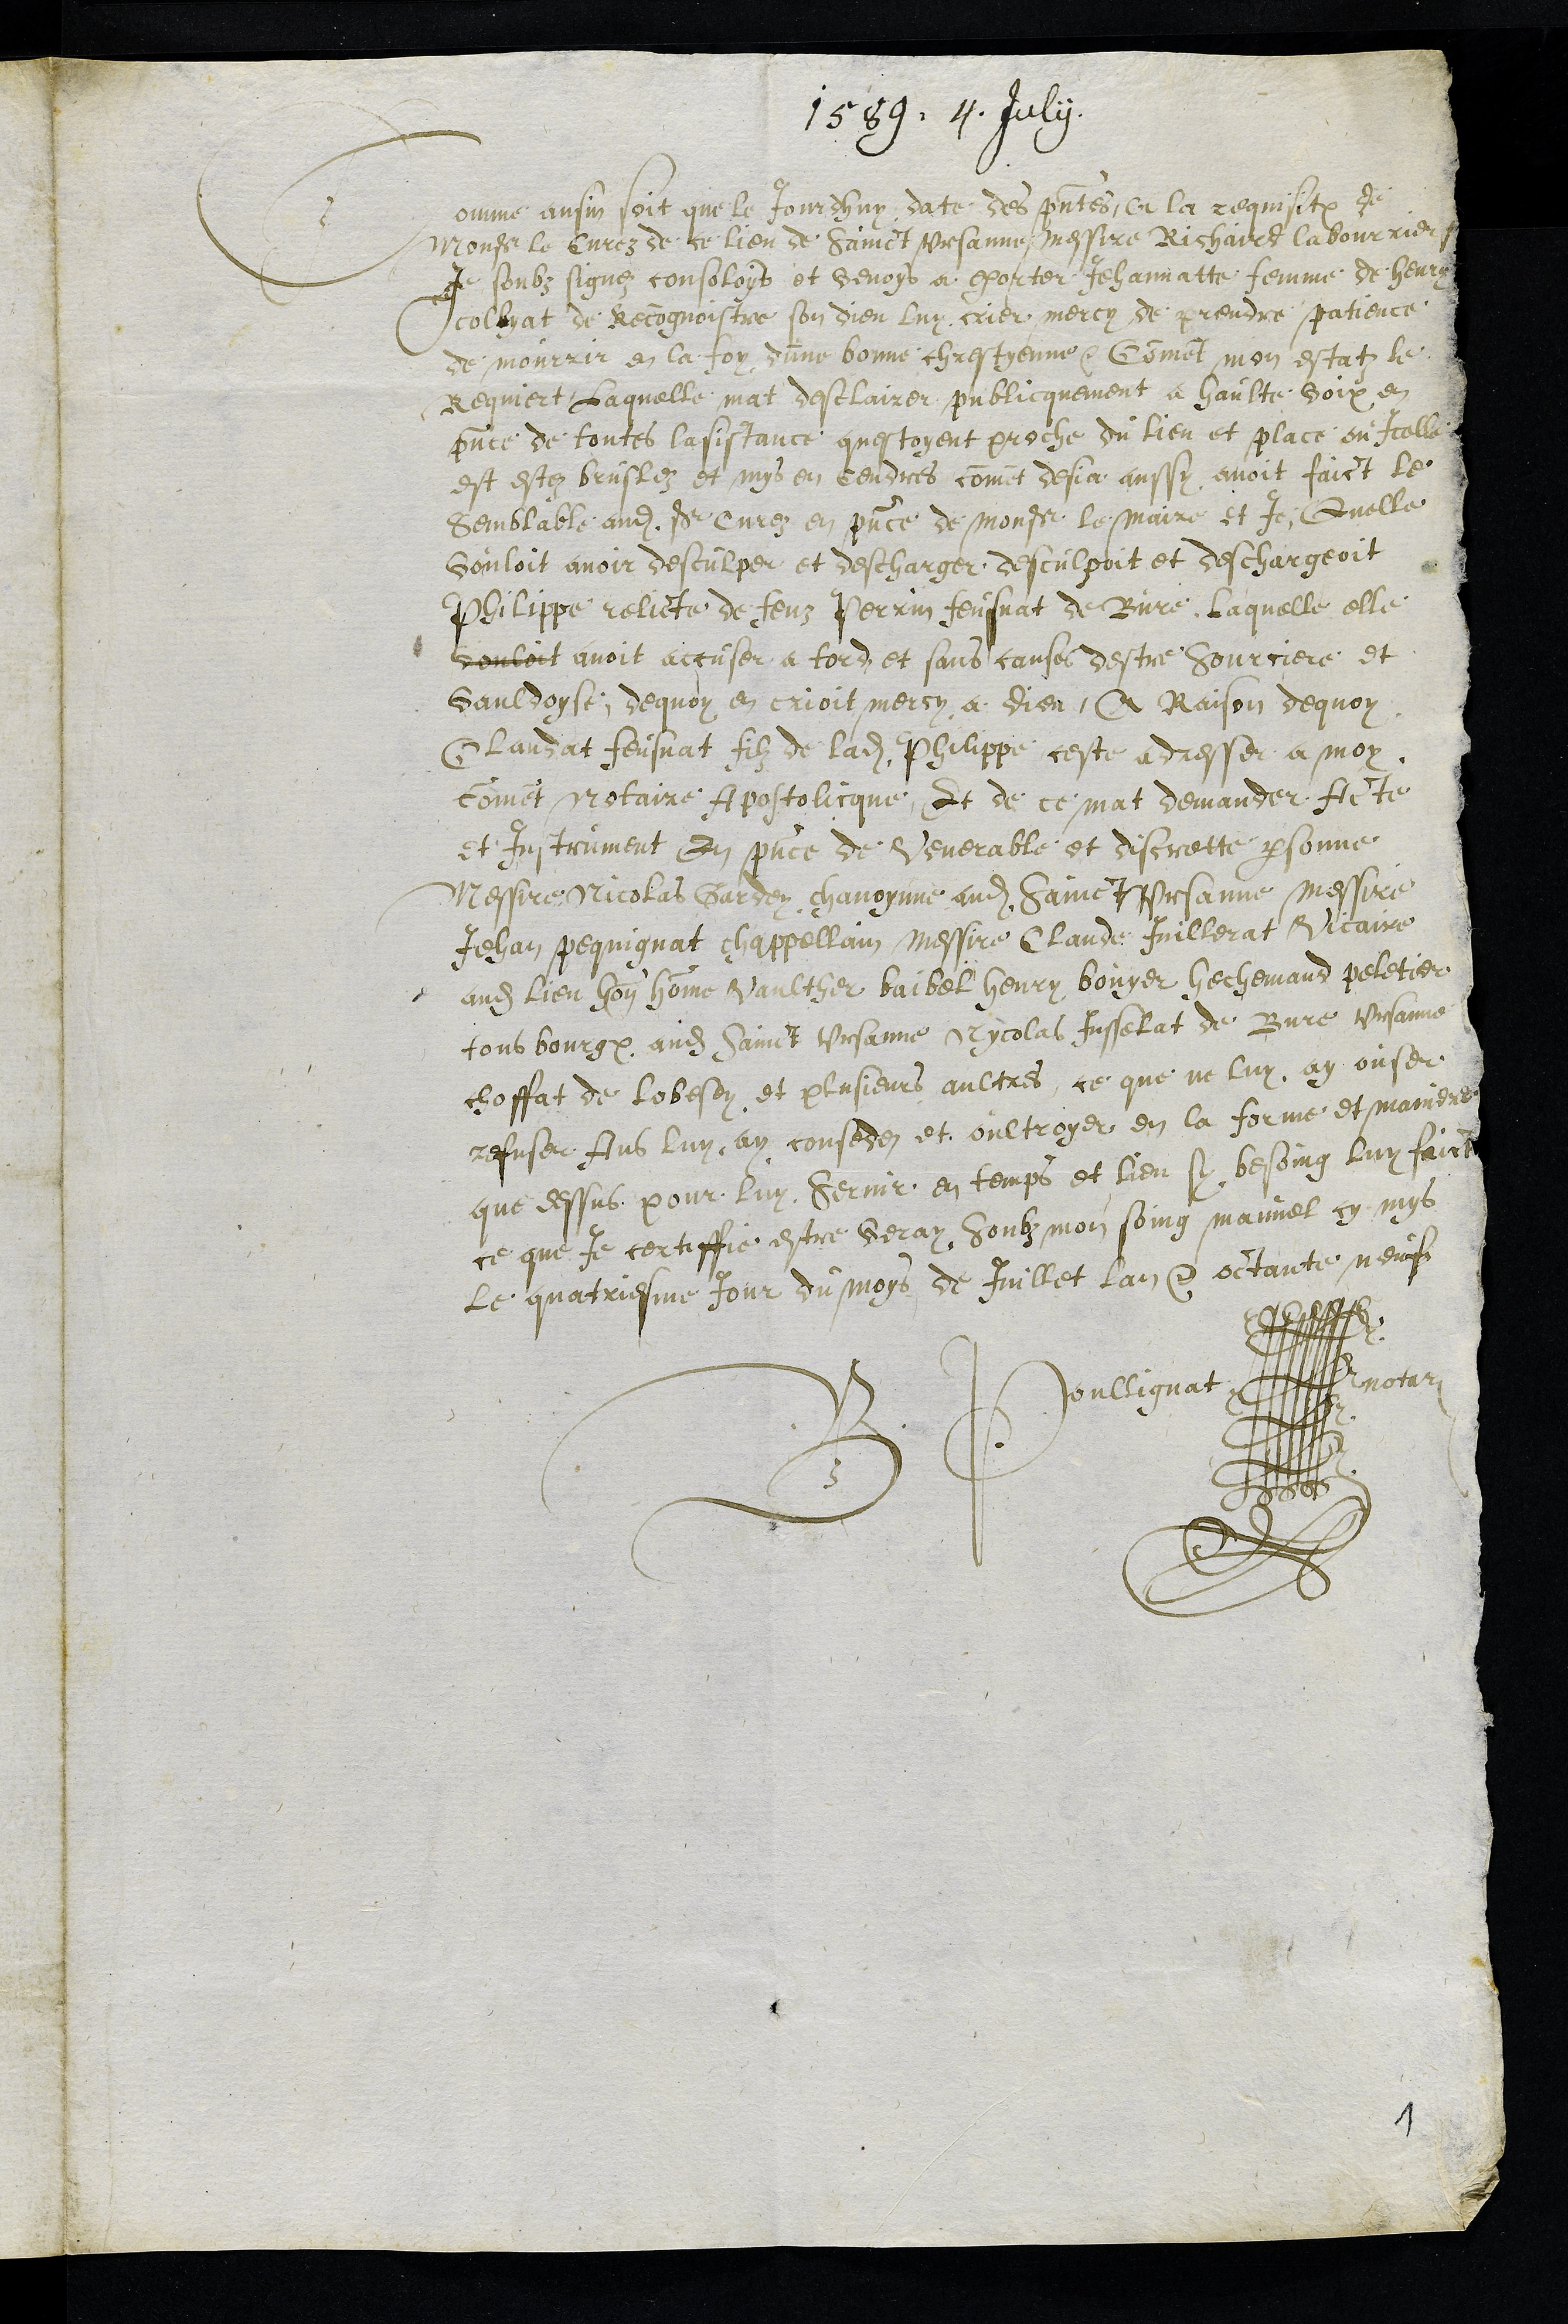
1589. 4. July
Comme ansin soit que le jourdhuy date des presentes, a la requisition de
Monsieur le Curez de ce lieu de Sainct Ursanne messire Richaird labourrier
Je soubz signez consoloys et venois a exhorter Jehannatte femme de Henry
collyat de Recognoistre son dieu luy crier mercy de prendre patience
de mourrir en la foy dune bonne chrestyenne, Comment mon estatz le
Requiert Laquelle mat desclairer publicquement a haulte voix en
presence de toutes lasistance questoyent proche du lieu et place ou Icelle
est estez bruslez et mys en cendres comment desja aussy avoit faict le
Semblable audit Sr Curez en presence de Monsr le maire et Je, Quelle
vouloit avoir desculper et descharger desculpoit et deschargeoit
Philippe relicte de feuz Perrin feusnat de Bure, Laquelle elle
vouloit avoit accuser a tord et sans causes destre Sourciere et
Vauldoyse, dequoy en crioit mercy a Dieu, A Raison dequoy
Claudat feusnat filz de ladite Philippe ceste adresser a moy,
comment Notaire Apostolicque, Et de ce mat demander Acte
et Instrument En presence de Venerable et discrette personne
Messire Nicolas Gardey chanoynne audit Sainct Ursanne messire
Jehan Pequignat chappellain messire Claude Juillerat Vicaire
audit lieu honnorable homme Vaulther baibel Henry bouyer Hechemand peletier
tous bourgeois audit Sainct Ursanne Nicolas Jusselat de Bure, Ursanne
choffat de Lobesey et plusieurs aultres, ce que ne luy ay ouser
refuser Ans luy ay conseder et oultroyer en la forme et maniere
que dessus pour luy Servir en temps et lieu sy besoing luy faict
ce que Je certiffie estre veray, soubz mon soing manuel cy mys
le quatriesme Jour du mois de Juillet lan et octante neuf
B Poullignat notar
1